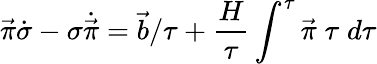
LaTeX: \vec{\pi}\dot{\sigma}-\sigma\dot{\vec{\pi}}=\vec{b}/\tau+{\frac{H}{\tau}}\int^{\tau}\vec{\pi}\; \tau\; d\tau